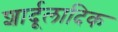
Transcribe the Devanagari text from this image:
शार्दूलादिक